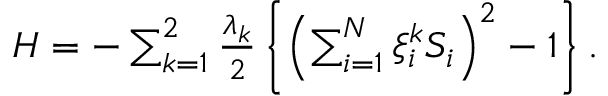
\begin{array} { r } { H = - \sum _ { k = 1 } ^ { 2 } \frac { \lambda _ { k } } { 2 } \left\{ \left( \sum _ { i = 1 } ^ { N } \xi _ { i } ^ { k } S _ { i } \right) ^ { 2 } - 1 \right\} . } \end{array}